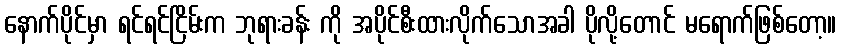
နောက်ပိုင်မှာ ရင်ရင်ငြိမ်းက ဘုရားခန်း ကို အပိုင်စီးထားလိုက်သောအခါ ပိုလို့တောင် မရောက်ဖြစ်တော့။